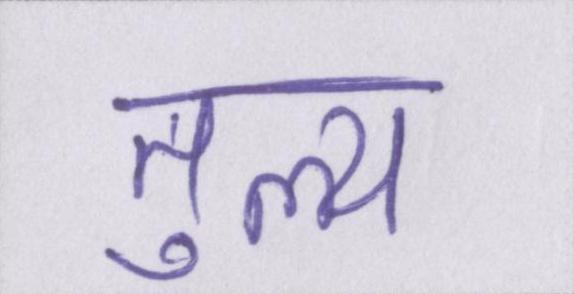
तुल्य